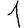
Digit: 1